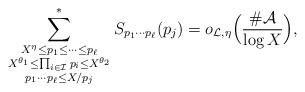
LaTeX: \begin{align*}\sum_{\substack{X^{\eta}\le p_1\le \dots\le p_\ell \\ X^{\theta_1}\le\prod_{i\in\mathcal{I}}p_i\le X^{\theta_2}\\ p_1\cdots p_\ell\le X/p_j}}^*S_{p_1\cdots p_\ell}(p_j)=o_{\mathcal{L},\eta}\Bigl(\frac{\#\mathcal{A}}{\log{X}}\Bigr),\end{align*}